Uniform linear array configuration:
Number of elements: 8
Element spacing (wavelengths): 0.75
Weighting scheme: uniform
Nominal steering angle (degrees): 15
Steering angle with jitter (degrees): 16.926
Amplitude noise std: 0.05
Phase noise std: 0.05

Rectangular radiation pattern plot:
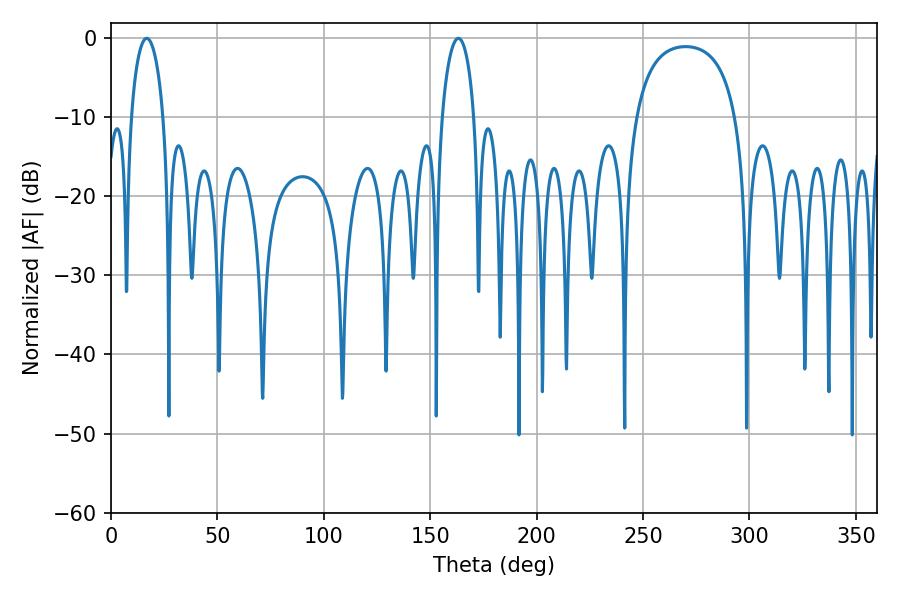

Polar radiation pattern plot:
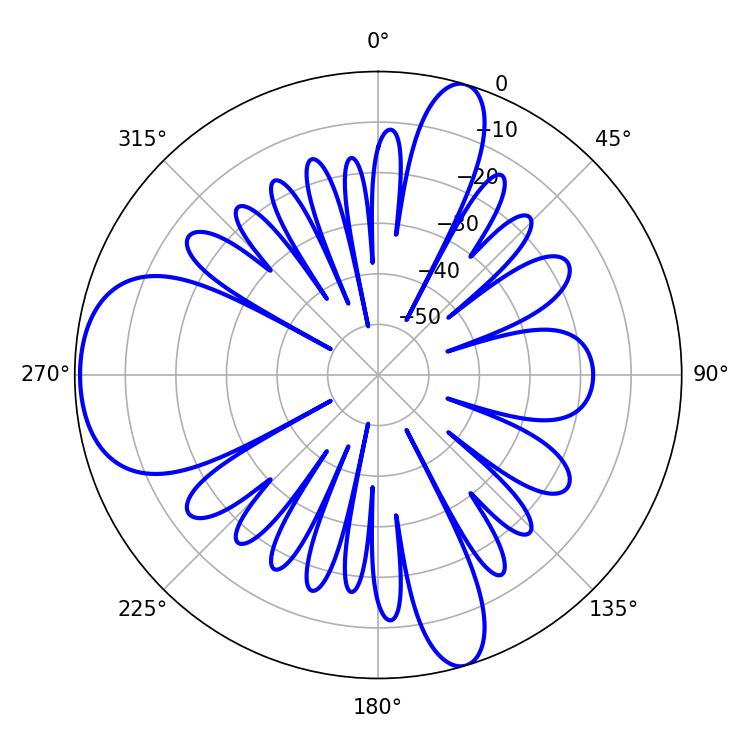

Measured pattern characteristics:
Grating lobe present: TRUE
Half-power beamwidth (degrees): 8.64
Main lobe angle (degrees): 16.74